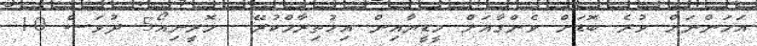
އަހަންނަށް ވުރެ ބޮޑަށް ވެންގާއަށް މީޑީޔާއިން އިހުތިރާމްކުރޭ  މޮރީނިއޯ5 ދުވަސް 10